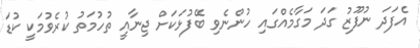
އެފަދަ ނުފޫޒު ގަދަ މަގާމެއްގައި ހުންނެވި ބޭފުޅަކަށް ޖިނާއީ ތުހުމަތު ކުރެވުމަކީ ކުޑަ